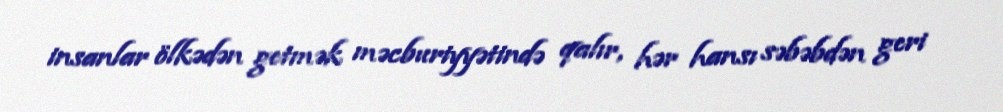
insanlar ölkədən getmək məcburiyyətində qalır, hər hansı səbəbdən geri